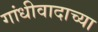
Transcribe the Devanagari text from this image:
गांधीवादाच्या